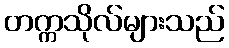
တက္ကသိုလ်များသည်